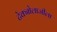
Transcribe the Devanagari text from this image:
टेक्नोलाजीला